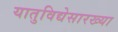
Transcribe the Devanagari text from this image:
यातुविद्येसारख्या